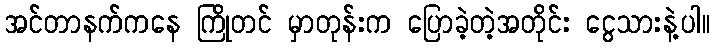
အင်တာနက်ကနေ ကြိုတင် မှာတုန်းက ပြောခဲ့တဲ့အတိုင်း ငွေသားနဲ့ပါ။